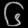
Digit: ၆